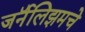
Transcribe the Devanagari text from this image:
जर्नॅलिझमचे